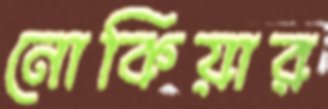
নোকিয়ার